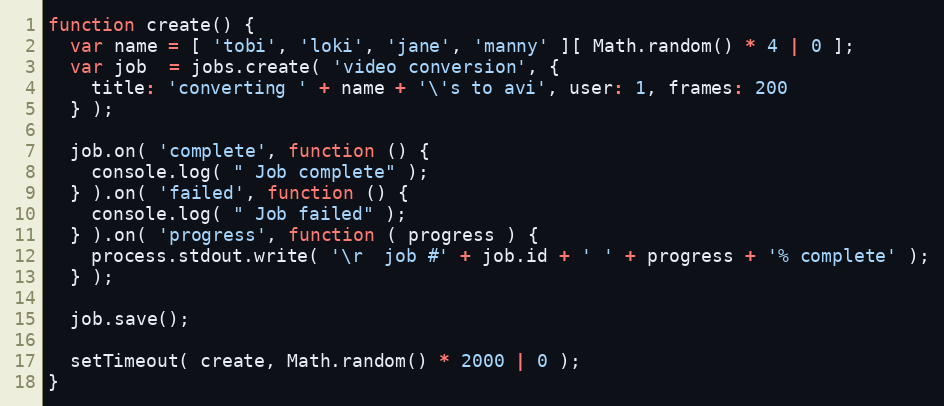
Language: JavaScript
function create() {
  var name = [ 'tobi', 'loki', 'jane', 'manny' ][ Math.random() * 4 | 0 ];
  var job  = jobs.create( 'video conversion', {
    title: 'converting ' + name + '\'s to avi', user: 1, frames: 200
  } );

  job.on( 'complete', function () {
    console.log( " Job complete" );
  } ).on( 'failed', function () {
    console.log( " Job failed" );
  } ).on( 'progress', function ( progress ) {
    process.stdout.write( '\r  job #' + job.id + ' ' + progress + '% complete' );
  } );

  job.save();

  setTimeout( create, Math.random() * 2000 | 0 );
}